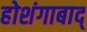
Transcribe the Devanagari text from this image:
होशंगाबाद्